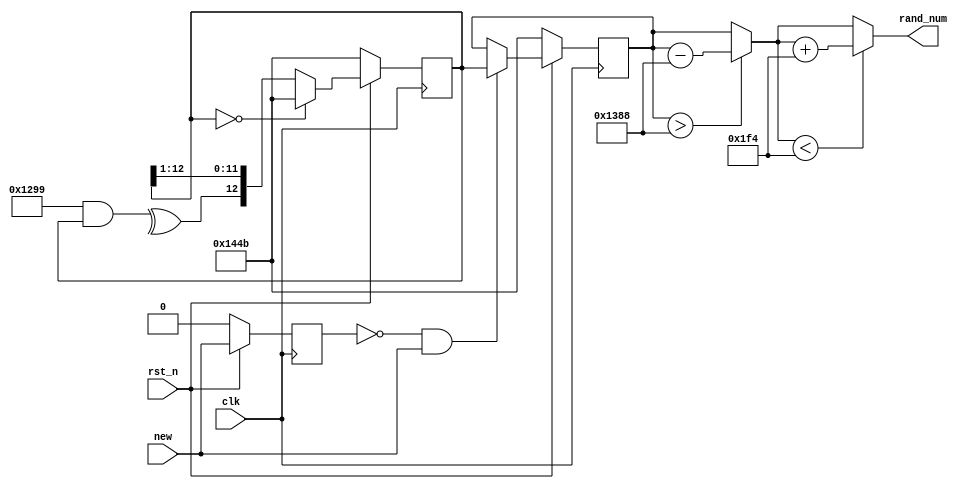
module randout(
    input clk,        //
    input rst_n,      //
    input new,        //
    
    output wire  [12:0] rand_num
    );
parameter seed = 13'b1010001001011;  //
parameter feedback = 13'd4761;  //
wire [12:0] temp;
reg  [12:0] rand_code;//
reg  [12:0] rand_num_temp;//
//
reg new_pre;
always @(posedge clk) begin
    if(!rst_n) begin
        new_pre <= 1'b0;//
    end
    else begin
        new_pre <= new;//new
    end
end

//m
wire feedback_item = ^(feedback & rand_code);
always @(posedge clk ) begin
    if(!rst_n) begin
        rand_code <= seed;//
    end
    //0
    else if( rand_code == 13'd0) begin
        rand_code <= seed;
    end
    else begin
        rand_code <= {feedback_item,rand_code[12:1]};
    end
end
//new
always @(posedge clk) begin
    if(!rst_n) begin
        rand_num_temp <= seed;
    end
    else if(~new_pre & new) begin
        rand_num_temp <= rand_code;
    end
    else begin
        rand_num_temp <= rand_num_temp;
    end
end

//
assign temp = (rand_num_temp > 13'd5000) ? (rand_num_temp - 13'd5000) : rand_num_temp;
assign rand_num = (temp < 13'd500) ? (temp + 13'd500) : temp;

endmodule